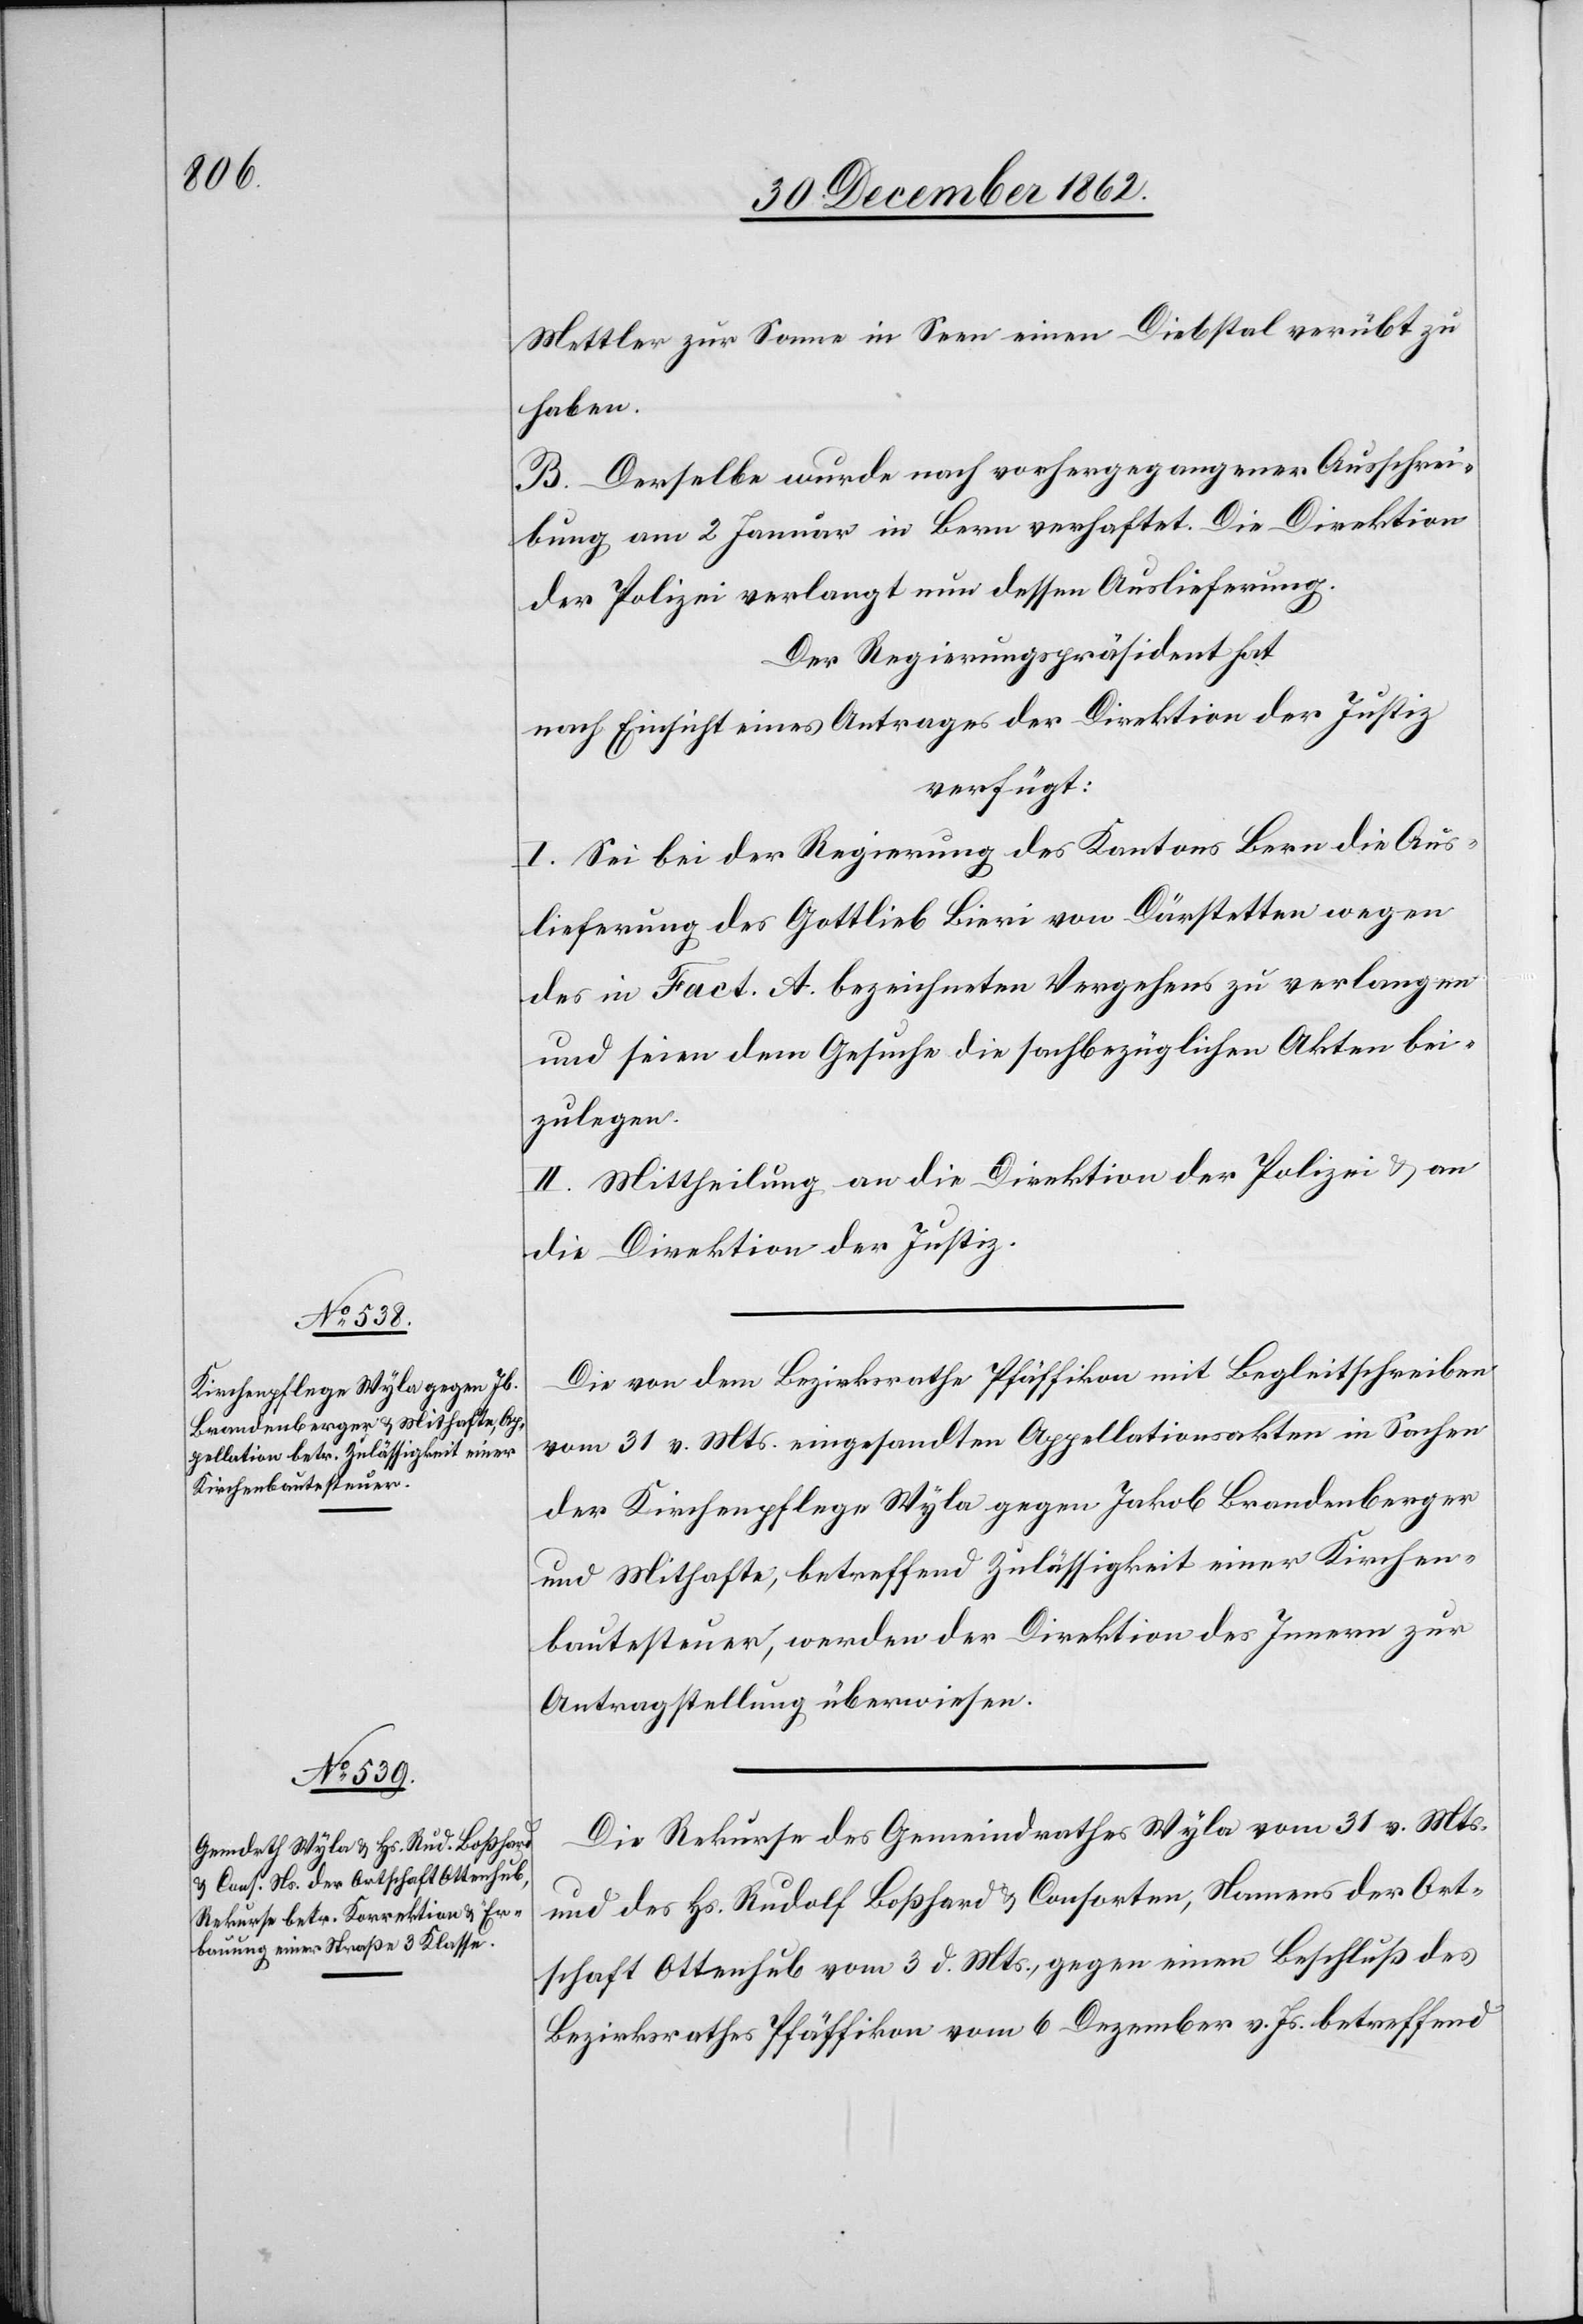
Mettler zur Sonne in Seen einen Diebstal verübt zu
haben.
B. Derselbe wurde nach vorhergegangener Ausschrei¬
bung vom 2. Januar in Bern verhaftet. Die Direktion
der Polizei verlangt nun dessen Auslieferung.
nach Einsicht eines Antrages der Direktion der Justiz
verfügt:
I. Sei bei der Regierung des Kantons Bern die Aus¬
lieferung des Gottlieb Bieri von Därstetten wegen
des in Fact. A bezeichneten Vergehens zu verlangen
und seien dem Gesuche die sachbezüglichen Akten bei¬
zulegen.
II. Mittheilung an die Direktion der Polizei u. an
die Direktion der Justiz.
Die von dem Bezirksrathe Pfäffikon mit Begleitschreiben
vom 31. v. Mts. eingesandten Appellationsakten in Sachen
der Kirchenpflege Wyla gegen Jakob Brandenberger
und Mithafte, betreffend Zulässigkeit einer Kirchen¬
bautesteuer, werden der Direktion des Innern zur
Antragstellung überwiesen.
Die Rekurse des Gemeindrathes Wyla vom 31. v. Mts.
und des Hs. Rudolf Boßhard u. Consorten, Namens der Ort¬
schaft Ottenhub vom 3. d. Mts., gegen einen Beschluß des
Bezirksrathes Pfäffikon vom 6. Dezember v. Js. betreffend